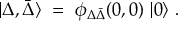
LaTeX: \vert \Delta , \bar { \Delta } \rangle \ = \ \phi _ { \Delta \bar { \Delta } } ( 0 , 0 ) \ \vert 0 \rangle \ .